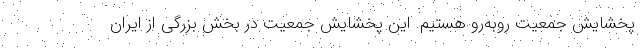
پخشایش جمعیت روبه‌رو هستیم. این پخشایش جمعیت در بخش بزرگی از ایران